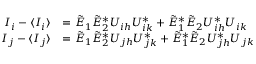
\begin{array} { r l } { I _ { i } - \langle I _ { i } \rangle } & { = \Tilde { E } _ { 1 } \Tilde { E } _ { 2 } ^ { * } U _ { i h } U _ { i k } ^ { * } + \Tilde { E } _ { 1 } ^ { * } \Tilde { E } _ { 2 } U _ { i h } ^ { * } U _ { i k } } \\ { I _ { j } - \langle I _ { j } \rangle } & { = \Tilde { E } _ { 1 } \Tilde { E } _ { 2 } ^ { * } U _ { j h } U _ { j k } ^ { * } + \Tilde { E } _ { 1 } ^ { * } \Tilde { E } _ { 2 } U _ { j h } ^ { * } U _ { j k } } \end{array}